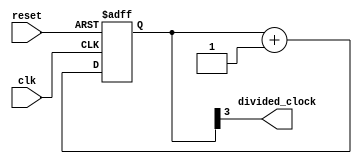
module RippleCounterClockDivider (
  input wire clk,
  input wire reset,
  output wire divided_clock
);

reg [3:0] count;

always @(posedge clk or posedge reset) begin
  if (reset)
    count <= 4'b0000;
  else
    count <= count + 1;
end

assign divided_clock = count[3];

endmodule